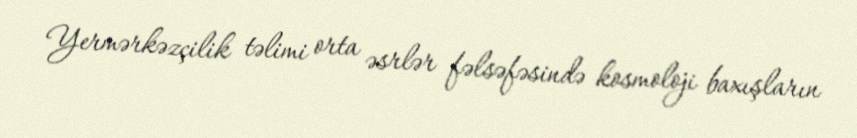
Yermərkəzçilik təlimi orta əsrlər fəlsəfəsində kosmoloji baxışların